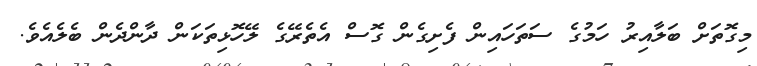
މިގޮތަށް ބަލާއިރު ހަމުގެ ސަތަހައިން ފެށިގެން ގޮސް އެތެރޭގެ ލޭހޮޅިތަކަން ދާންދެން ބެލެއެވެ.